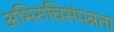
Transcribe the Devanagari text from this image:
अभिरुचिसंपन्नता